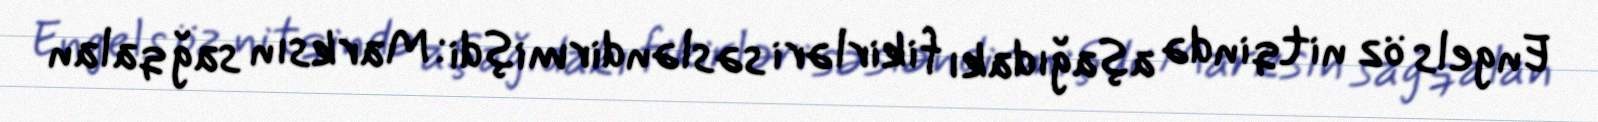
Engels öz nitqində aşağıdakı fikirləri səsləndirmişdi: Marksın sağ qalan